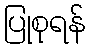
ပြုစုရန်